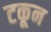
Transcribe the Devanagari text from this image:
टकून